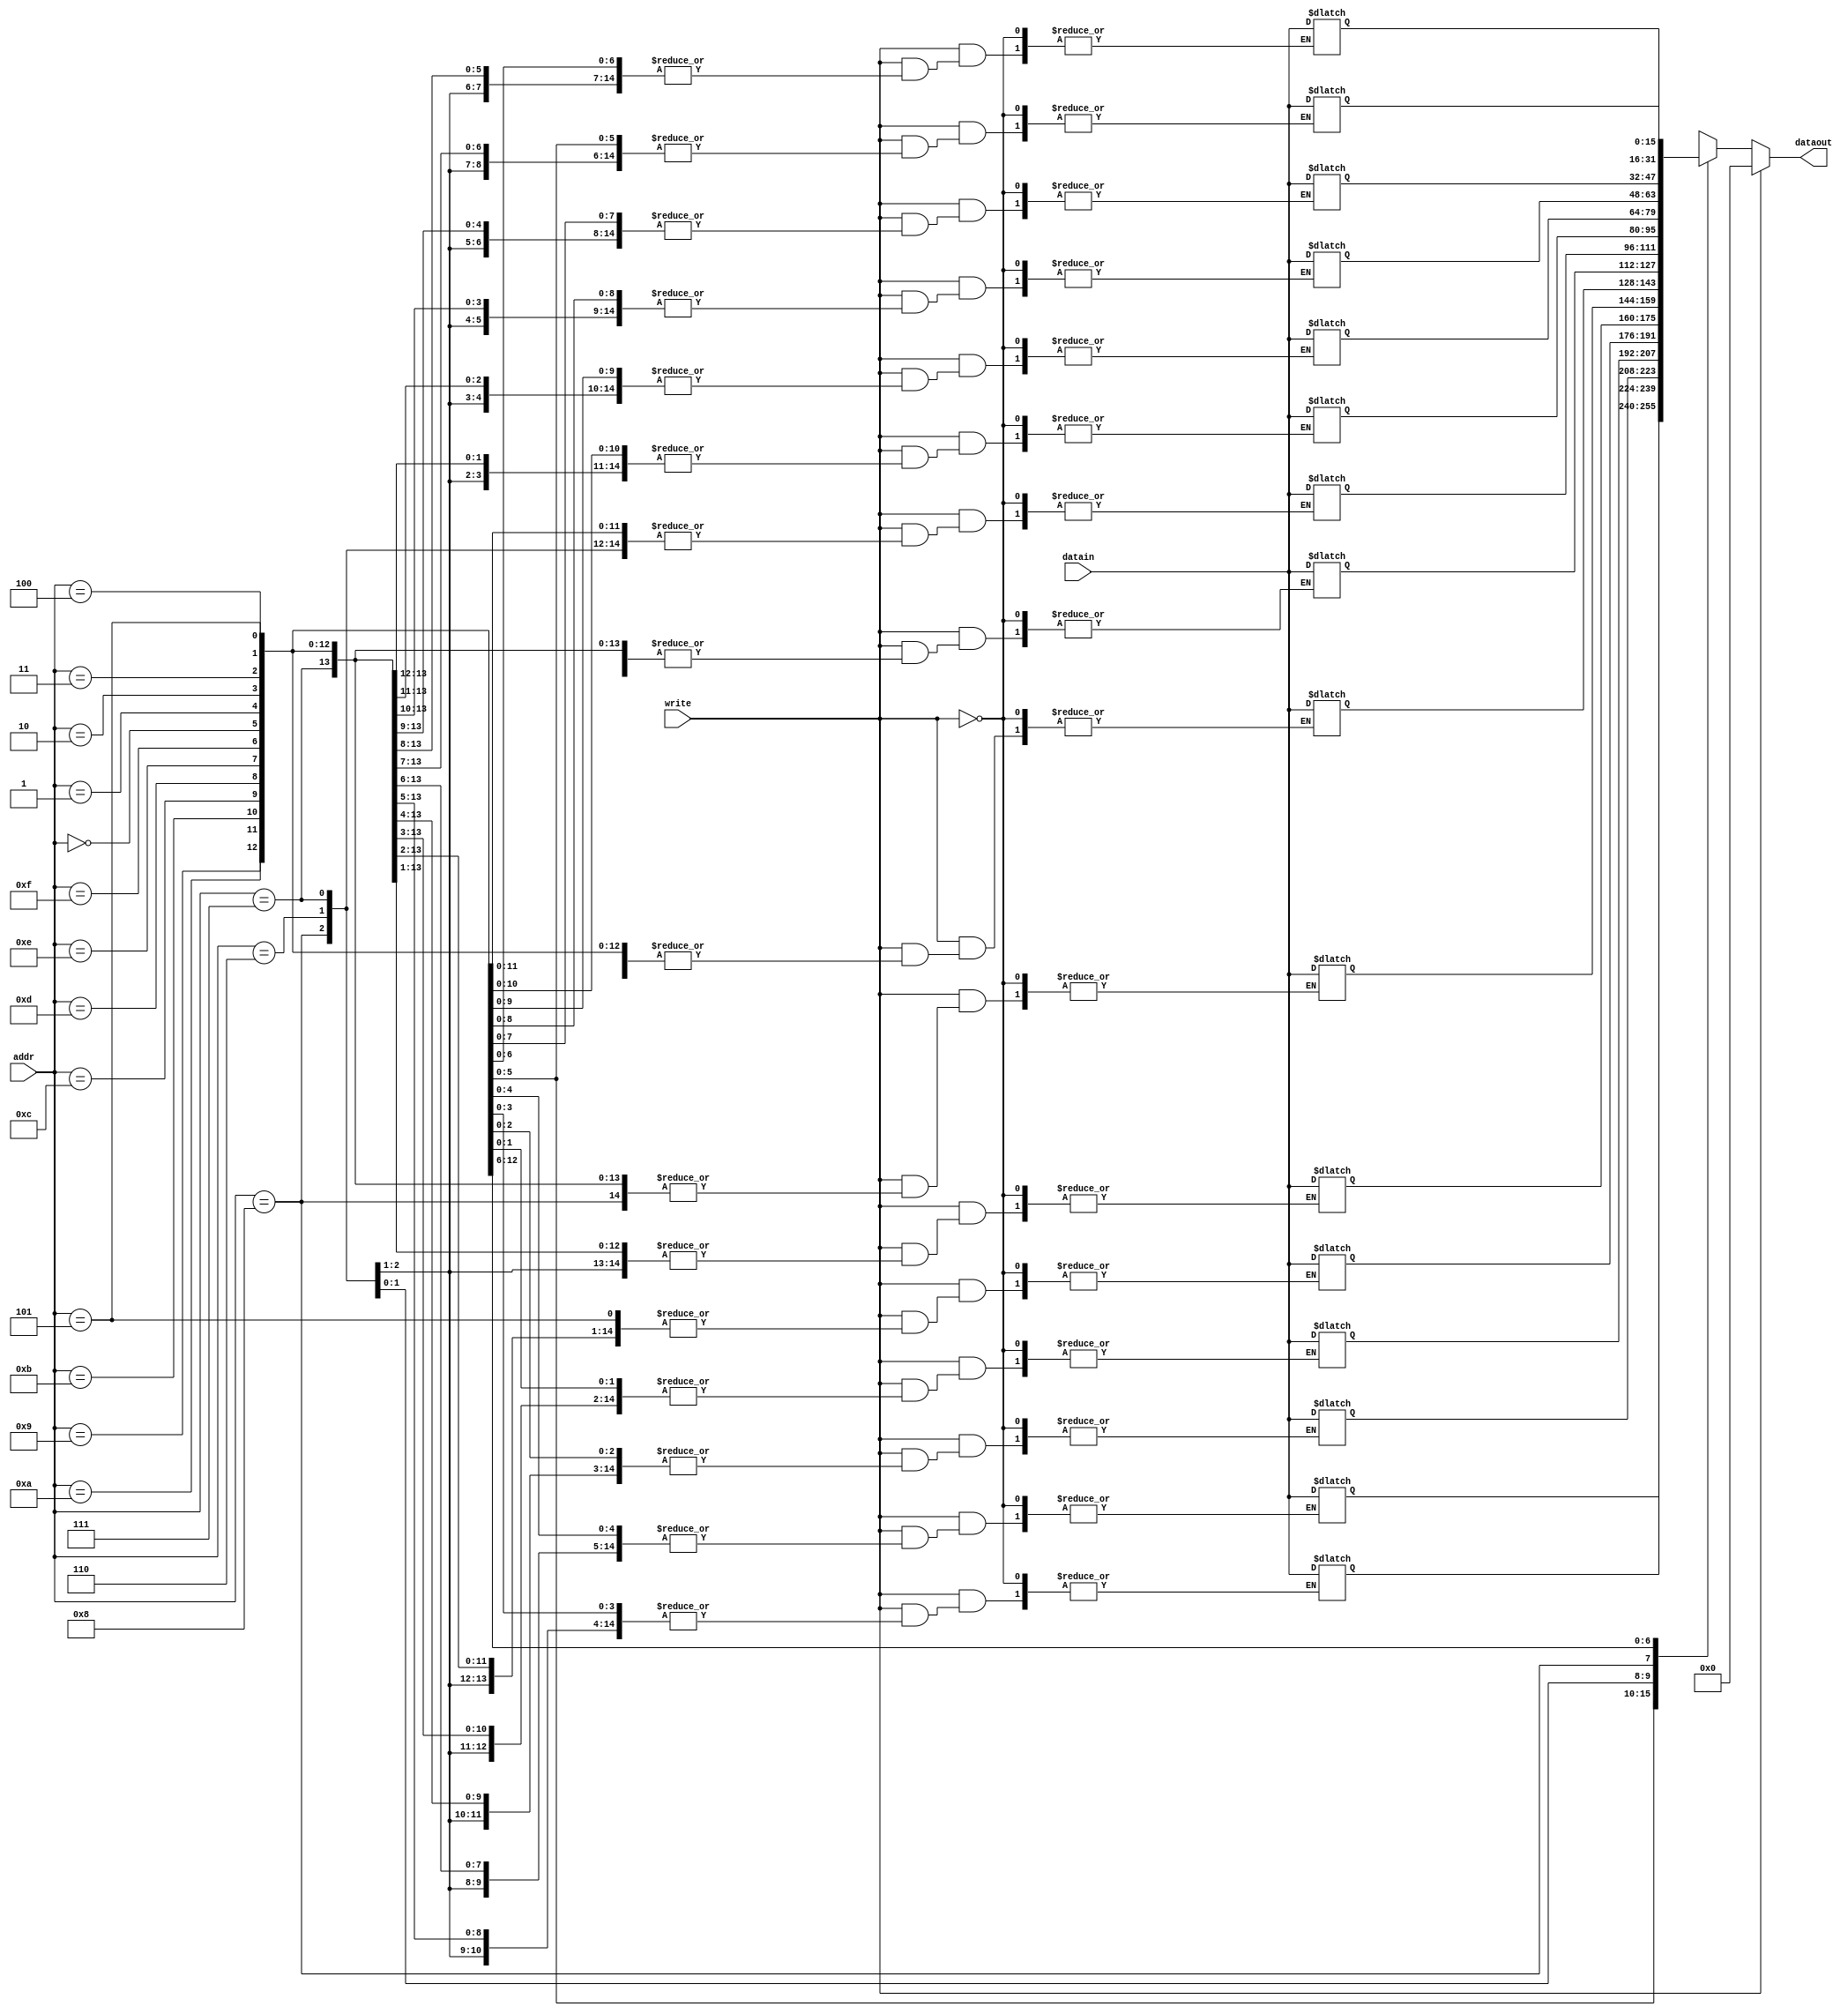
/*
	CEFET-MG
	Disciplina de Laboratrio de Arquitetura e Organizao de Computadores II
	Data: 11/01/2022
	Aluno: Fernando Veizaga e Alanis Castro
*/

module memDados(addr, write, datain, dataout);

	input [3:0] addr;
	input write;
	input [15:0] datain;
	output reg [15:0] dataout;
	
	reg [15:0] memoria[15:0];
	
	initial begin
		dataout = 16'b0;
		memoria[0][15:0] = 16'b0000000000000111;
		memoria[1][15:0] = 16'b0000000000000011;
		memoria[2][15:0] = 16'b0000000000000001;
		memoria[3][15:0] = 16'b0000000000000101;
		memoria[4][15:0] = 16'b0000000000000111;
	end
	
	always@(*)
	begin
		dataout = 16'b0;
		if(write == 1'b1)
		begin
			memoria[addr] = datain;
		end
		else begin
			dataout = memoria[addr];
		end
	end

endmodule